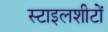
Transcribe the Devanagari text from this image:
स्टाइलशीटों